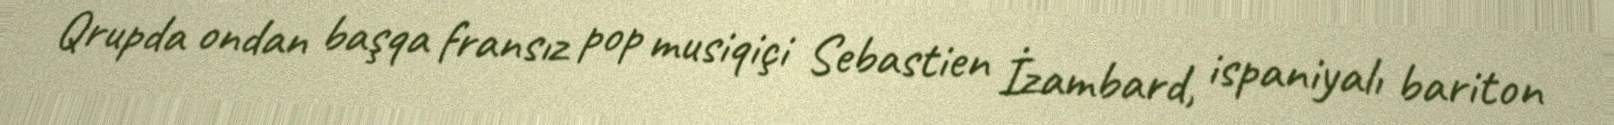
Qrupda ondan başqa fransız pop musiqiçi Sebastien İzambard, ispaniyalı bariton